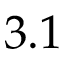
3 . 1